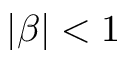
| \beta | < 1